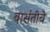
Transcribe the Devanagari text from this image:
वासंतीचे